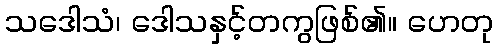
သဒေါသံ၊ ဒေါသနှင့်တကွဖြစ်၏။ ဟေတု